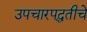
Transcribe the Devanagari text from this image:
उपचारपद्धतीचे